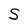
Character: S